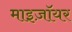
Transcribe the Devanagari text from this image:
माइज़ॉयर